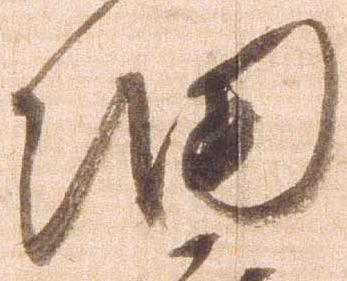
細